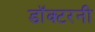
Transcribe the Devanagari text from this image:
डॉक्टरनी